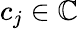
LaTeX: c_{j}\in\mathbb{C}